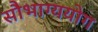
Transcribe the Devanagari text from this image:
सौभाग्ययोग